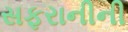
સફરાનીની